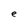
Character: e